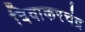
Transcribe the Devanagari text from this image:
दिवाकरचंद्र